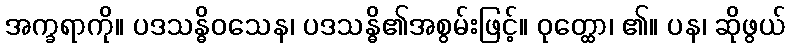
အက္ခရာကို။ ပဒသန္ဓိဝသေန၊ ပဒသန္ဓိ၏အစွမ်းဖြင့်။ ဝုတ္ထော၊ ၏။ ပန၊ ဆိုဖွယ်